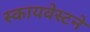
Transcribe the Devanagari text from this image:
स्कायवेस्टने